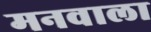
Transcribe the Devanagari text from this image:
मनवाला